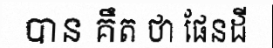
បាន គឹត ថា ផែនដី